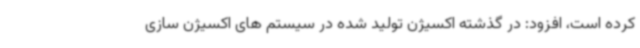
کرده است، افزود: در گذشته اکسیژن تولید شده در سیستم های اکسیژن سازی